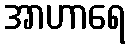
အာဟာရေ